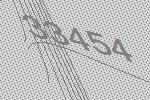
33454